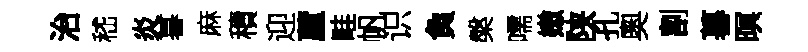
治嵇炎暮麻積迎蘆畦帆识負槃嚅嫩陕孔奧割暮暝